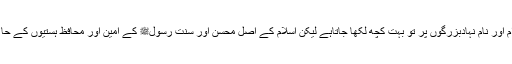
اور اردو زبان میں عام فہم انداز میں صوفیا کرام اور نام نہادبزرگوں پر تو بہت کچھ لکھا جاتاہے لیکن اسلام کے اصل محسن اور سنت رسولﷺ کے امین اور محافظ ہستیوں کے حالات لکھنے کی روایت نہ ہونے کے برابر ہے۔